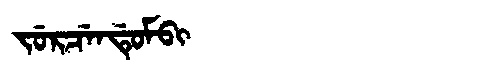
Manchu: ᠵᡠᡵᠴᡝᠨᡩᡠᠮᠪᡳ
Romanization: JURCENDUMBI